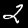
Label: 2